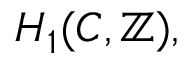
H _ { 1 } ( C , \mathbb { Z } ) ,